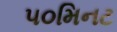
૫૦મિનટ